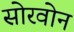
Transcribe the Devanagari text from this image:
सोरवोन